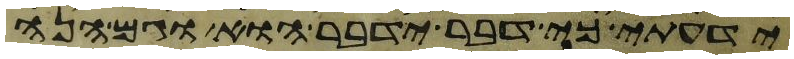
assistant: ידעתי כי דבר ידבר הוא וגם הנה